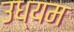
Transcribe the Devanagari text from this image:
उध्यम